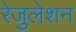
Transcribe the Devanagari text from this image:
रेजुलेशन